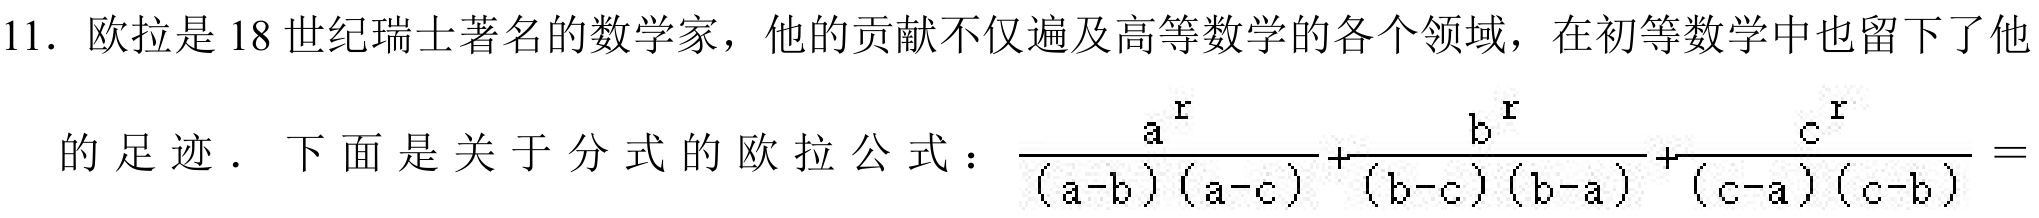
11. 欧拉是 18 世纪瑞士著名的数学家，他的贡献不仅遍及高等数学的各个领域，在初等数学中也留下了他
的足迹．下面是关于分式的欧拉公式：$\frac{a^{r}}{(a - b)(a - c)}+\frac{b^{r}}{(b - c)(b - a)}+\frac{c^{r}}{(c - a)(c - b)}=$